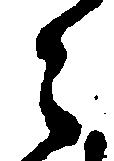
々